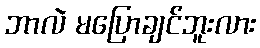
ဘာလဲ မပြောချင်ဘူးလား